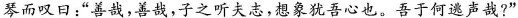
琴而叹日：”善哉，善哉，子之听夫志，想象犹吾心也。吾于何逃声哉?”